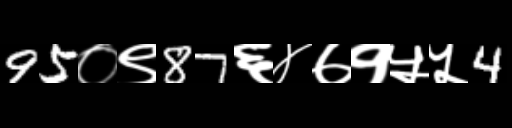
Text: 95०९87६४७१५५4